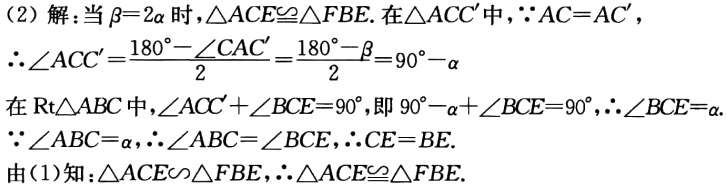
(2) 解: 当 $\beta = 2\alpha$ 时, $\triangle ACE\cong\triangle FBE$. 在 $\triangle ACC'$ 中, $\because AC = AC'$,

$\therefore\angle ACC'=\frac{180^{\circ}-\angle CAC'}{2}=\frac{180^{\circ}-\beta}{2}=90^{\circ}-\alpha$

在 $\text{Rt}\triangle ABC$ 中, $\angle ACC'+\angle BCE = 90^{\circ}$, 即 $90^{\circ}-\alpha+\angle BCE = 90^{\circ}$, $\therefore\angle BCE=\alpha$.

$\because\angle ABC=\alpha$, $\therefore\angle ABC=\angle BCE$, $\therefore CE = BE$.

由(1)知: $\triangle ACE\backsim\triangle FBE$, $\therefore\triangle ACE\cong\triangle FBE$.